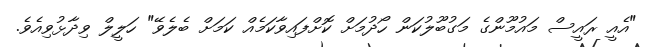
"އެއީ ރައީސް މައުމޫންގެ މަގުބޫލުކަން ހޯދުމަށް ކޮށްފައިވާކަމެއް ކަމަށް ބެލެވޭ" ހަލީލް ވިދާޅުވިއެވެ.